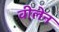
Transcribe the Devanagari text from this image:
वीलेन